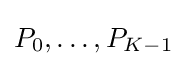
{\textstyle P_{0},\dots ,P_{K-1}}